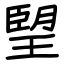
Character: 朢